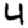
Digit: 4